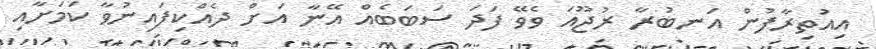
އިއުތިރާފުން އަނބުރާ ރުޖޫއަ ވެވޭ ފަދަ ސަބަބެއް އޭނާ އަށް ދެއްކިފައިނުވާ ކަމަށާއި